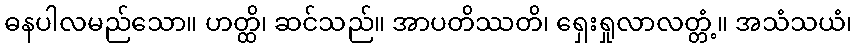
ဓနပါလမည်သော။ ဟတ္ထိ၊ ဆင်သည်။ အာပတိဿတိ၊ ရှေးရှုလာလတ္တံ့။ အသံသယံ၊